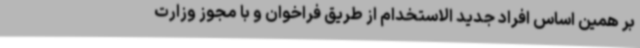
بر همین اساس افراد جدید الاستخدام از طریق فراخوان و با مجوز وزارت